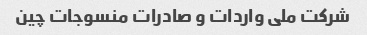
شرکت ملی واردات و صادرات منسوجات چین